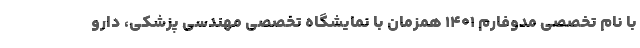
با نام تخصصی مدوفارم 1401 همزمان با نمایشگاه تخصصی مهندسی پزشکی، دارو